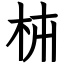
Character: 枾